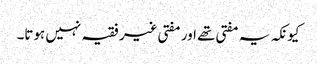
کیونکہ یہ مفتی تھے اور مفتی غیر فقیہ نہیں ہوتا۔